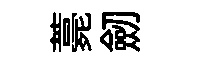
薧劒